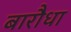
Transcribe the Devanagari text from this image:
बारौधा